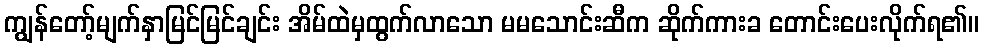
ကျွန်တော့်မျက်နှာမြင်မြင်ချင်း အိမ်ထဲမှထွက်လာသော မမသောင်းဆီက ဆိုက်ကားခ တောင်းပေးလိုက်ရ၏။